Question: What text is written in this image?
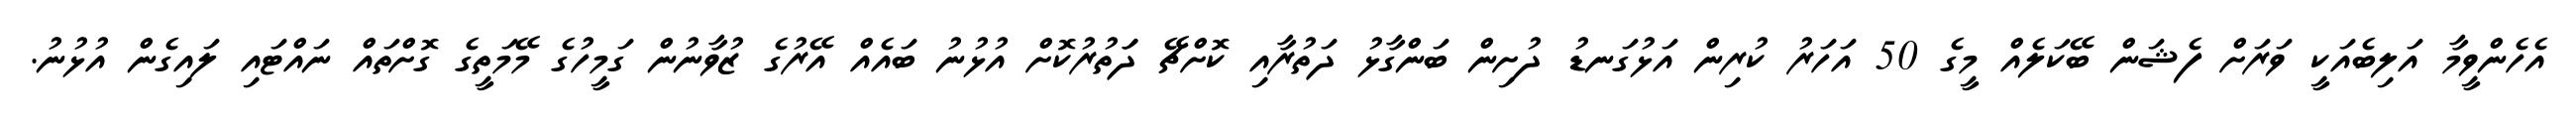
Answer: އެހެންވީމާ އަލިބެއަކީ ވަރަށް ފެޝަން ބޭކަލެއް މީގެ 50 އަހަރު ކުރިން އަޅުގަނޑު ދުށިން ބަންގާޅު ދަތުރާއި ކޮށްޗޭ ދަަތުރުކޮށް އުޅުނު ބައެއް އޭރުގެ ޒުވާނުން ގަމީހުގެ މޭމަތީގެ ގޮށްތައް ނައްޓައި ލައިގެން އުޅުނު.